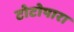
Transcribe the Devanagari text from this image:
टोटोपारा